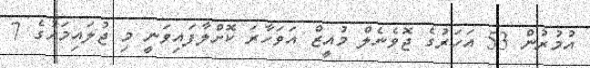
އުމުރުން 53 އަހަރުގެ ޖޮވެނެލް މުއީޒް އަވަހާރަ ކޮށްލާފައިވަނީ މި ޖުލައިމަހުގެ 7